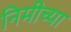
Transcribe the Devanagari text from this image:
निमीच्या